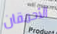
الأحمقان